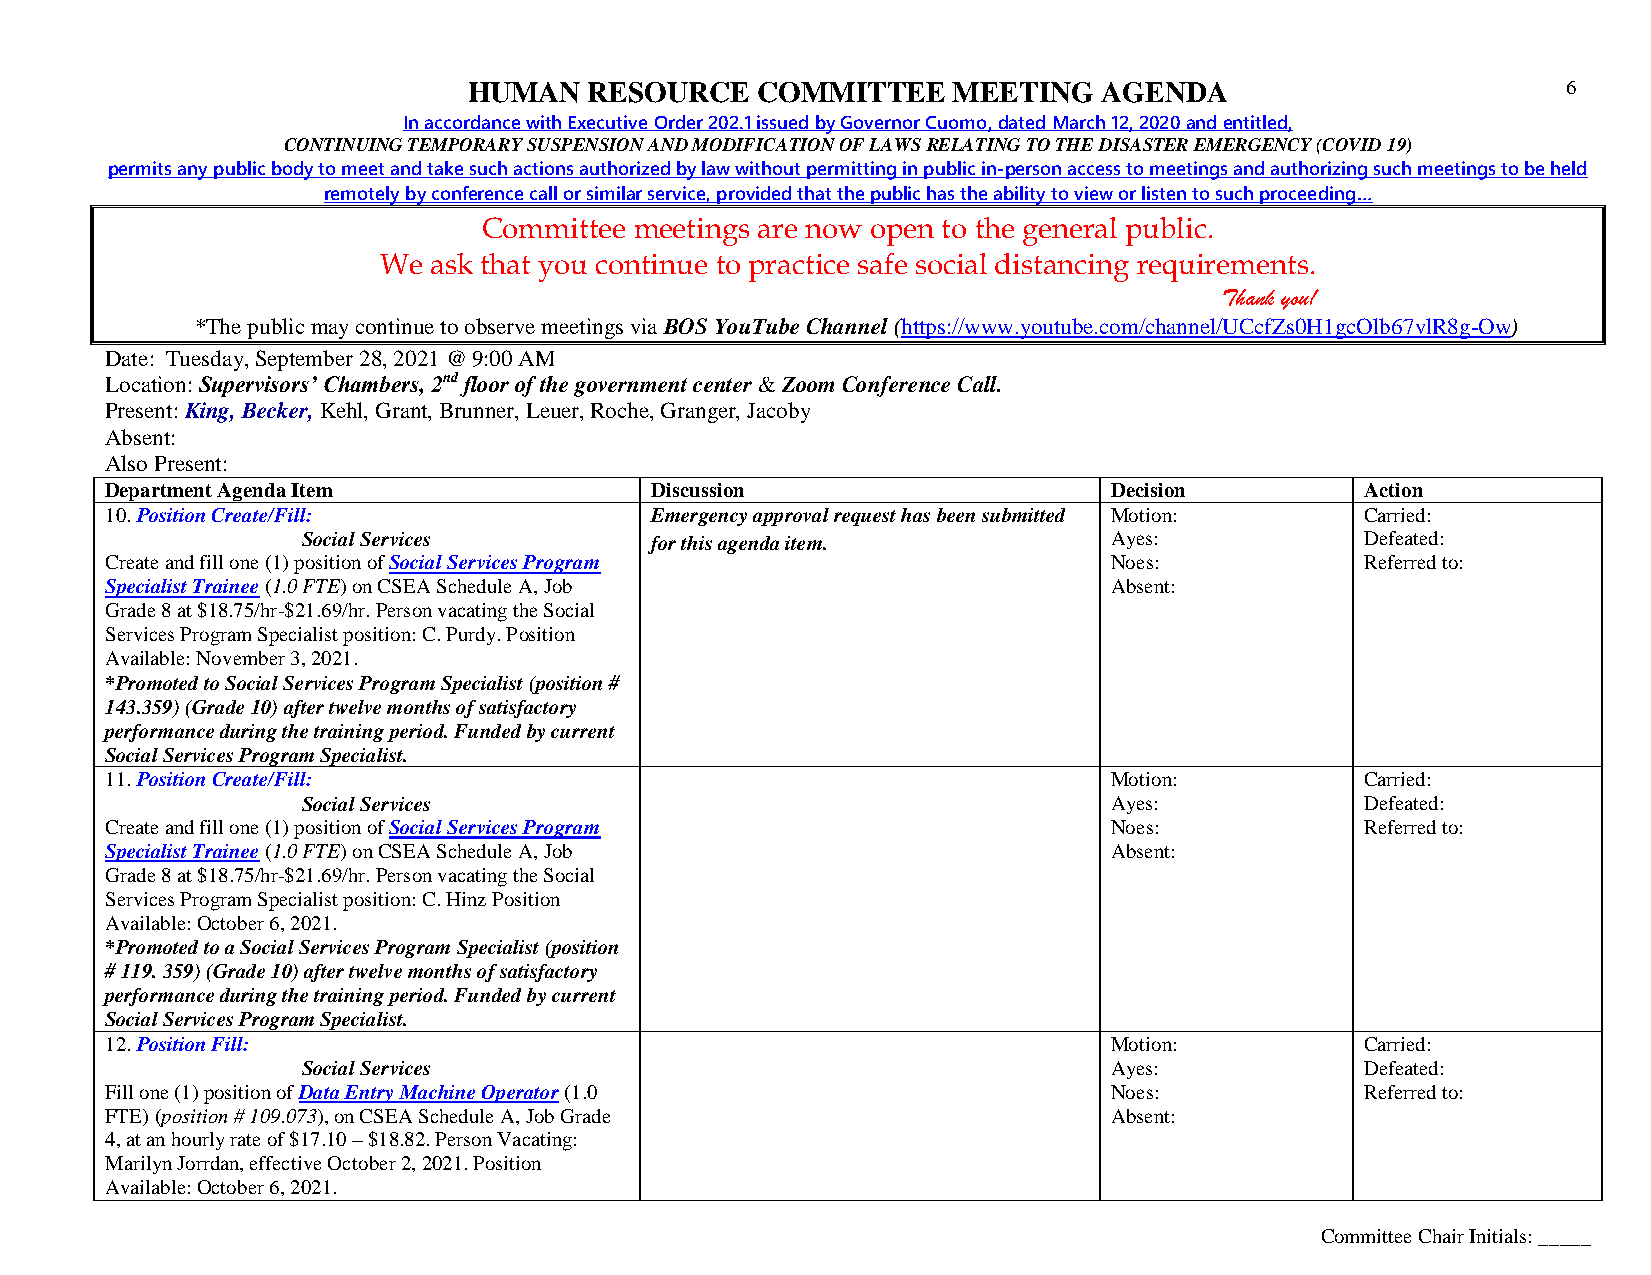
HUMAN   RESOURCE   COMMITTEE    MEETING   AGENDA                         6
 In accordance with Executive Order 202.1 issued by Governor Cuomo, dated March 12, 2020 and entitled,
 CONTINUING TEMPORARY SUSPENSION AND MODIFICATION OF LAWS RELATING TO THE DISASTER EMERGENCY (COVID 19)
 permits any public body to meet and take such actions authorized by law without permitting in public in-person access to meetings and authorizing such meetings to be held
 remotely by conference call or similar service, provided that the public has the ability to view or listen to such proceeding…
 Committee meetings are now open to the general public.
 We ask that you continue to practice safe social distancing requirements.
 Thank you!
 *The public may continue to observe meetings via BOS YouTube Channel (https://www.youtube.com/channel/UCcfZs0H1gcOlb67vlR8g-Ow)
 Date: Tuesday, September 28, 2021 @ 9:00 AM
 Location: Supervisors’ Chambers, 2nd floor of the government center & Zoom Conference Call.
 Present: King, Becker, Kehl, Grant, Brunner, Leuer, Roche, Granger, Jacoby
 Absent:
 Also Present:
 Department Agenda Item              Discussion                    Decision         Action
 10. Position Create/Fill:           Emergency approval request has been submitted Motion: Carried:
 Social Services        for this agenda item.         Ayes:            Defeated:
 Create and fill one (1) position of Social Services Program       Noes:            Referred to:
 Specialist Trainee (1.0 FTE) on CSEA Schedule A, Job              Absent:
 Grade 8 at $18.75/hr-$21.69/hr. Person vacating the Social
 Services Program Specialist position: C. Purdy. Position
 Available: November 3, 2021.
 *Promoted to Social Services Program Specialist (position #
 143.359) (Grade 10) after twelve months of satisfactory
 performance during the training period. Funded by current
 Social Services Program Specialist.
 11. Position Create/Fill:                                         Motion:          Carried:
 Social Services                                      Ayes:            Defeated:
 Create and fill one (1) position of Social Services Program       Noes:            Referred to:
 Specialist Trainee (1.0 FTE) on CSEA Schedule A, Job              Absent:
 Grade 8 at $18.75/hr-$21.69/hr. Person vacating the Social
 Services Program Specialist position: C. Hinz Position
 Available: October 6, 2021.
 *Promoted to a Social Services Program Specialist (position
 # 119. 359) (Grade 10) after twelve months of satisfactory
 performance during the training period. Funded by current
 Social Services Program Specialist.
 12. Position Fill:                                                Motion:          Carried:
 Social Services                                      Ayes:            Defeated:
 Fill one (1) position of Data Entry Machine Operator (1.0         Noes:            Referred to:
 FTE) (position # 109.073), on CSEA Schedule A, Job Grade          Absent:
 4, at an hourly rate of $17.10 – $18.82. Person Vacating:
 Marilyn Jorrdan, effective October 2, 2021. Position
 Available: October 6, 2021.
 Committee Chair Initials: _____